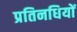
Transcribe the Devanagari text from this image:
प्रतिनधियों